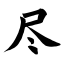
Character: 尽